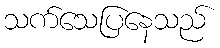
သက်သေပြနေသည်